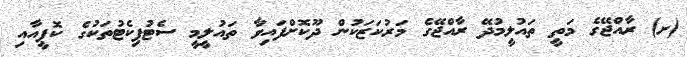
(ށ) ރާއްޖޭގެ މަތީ ތައުލީމުދޭ ރާއްޖޭގެ މަރުކަޒަކުން ދޫކޮށްފައިވާ ތައުލީމީ ސެޓުފިކެޓުތަކުގެ ކޮޕީއާއި